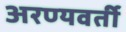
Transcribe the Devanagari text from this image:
अरण्यवर्ती